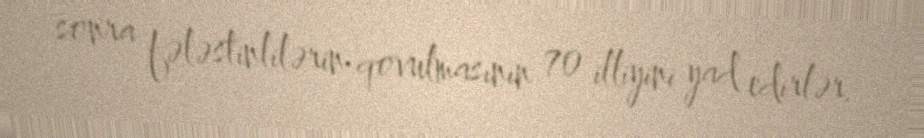
sonra fələstinlilərin qovulmasının 70 illiyini yad edirlər.